King Institute of Preventive Medicine Micro-Biological Section reports 1909-11
Year: 1909
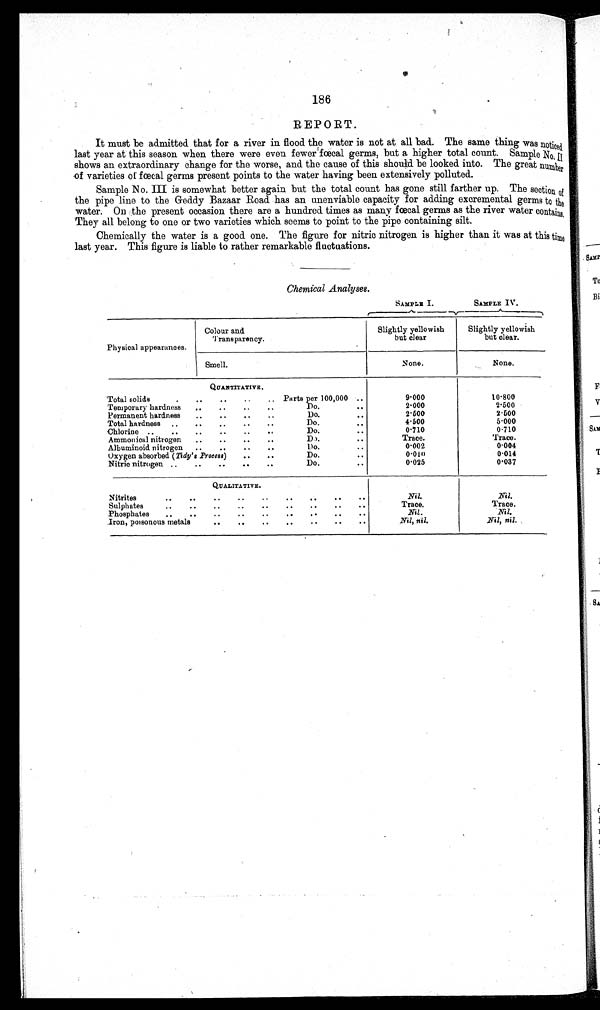
SAMPLE I.
SAMPLE IV.
186
REPORT.
It must be admitted that for a river in flood the water is not at all bad. The same thing was noticed
last year at this season when there were even fewer fœcal germs, but a higher total count. Sample No. II
shows an extraordinary change for the worse, and the cause of this should be looked into. The great number
of varieties of fœcal germs present points to the water having been extensively polluted.
Sample No. III is somewhat better again but the total count has gone still farther up. The section of
the pipe line to the Geddy Bazaar Road has an unenviable capacity for adding excremental germs to the
water. On the present occasion there are a hundred times as many fœcal germs as the river water contains.
They all belong to one or two varieties which seems to point to the pipe containing silt.
Chemically the water is a good one. The figure for nitric nitrogen is higher than it was at this
time last year. This figure is liable to rather remarkable fluctuations.
Chemical Analyses.
Physical appearances.
Colour and
Transparency.
Slightly yellowish
but clear
Slightly yellowish
but clear.
Smell.
None.
None.
QUANTITATIVE.
'Total solids
.
..
..
..
.. Parts per 100,000 ..
9.000
10.800
Temporary hardness
,.
..
..
..
Do.
..
2.000
2.500
Permanent hardness
..
..
..
..
Do.
..
2.500
2.500
Total hardness ..
..
..
..
..
Do.
..
4.500
5.000
Chlorine ...
..
..
..
..
..
Do.
..
0.710
0.710
Ammonical nitrogen ..
..
..
..
Do.
..
Trace.
Trace.
Albuminoid nitrogen ..
..
..
..
Do.
..
0.002
0.004
Oxygen absorbed ( Ti dy' s Process)
..
..
Do.
..
0.010
0.014
Nitric nitrogen ..
..
..
..
..
Do.
..
0.025
0.037
QUALITATIVE.
Nitrites
..
..
..
..
..
..
..
..
..
Nil.
Nil.
Sulphates
..
..
..
..
..
..
..
..
Tracė.
Trace.
Phosphates
..
..
..
..
..
..
..
..
..
Nil.
Nil.
Iron, poisonous metals
..
..
..
..
..
..
..
Nil, nil.
Nil, nil.